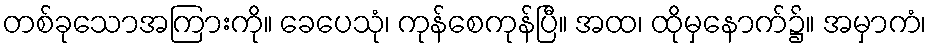
တစ်ခုသောအကြားကို။ ခေပေသုံ၊ ကုန်စေကုန်ပြီ။ အထ၊ ထိုမှနောက်၌။ အမှာကံ၊